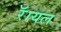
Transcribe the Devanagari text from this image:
रॅायल